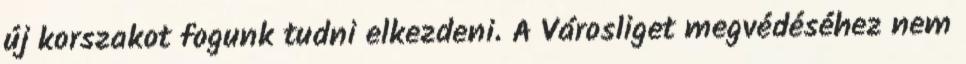
új korszakot fogunk tudni elkezdeni. A Városliget megvédéséhez nem